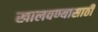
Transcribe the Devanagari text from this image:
खालवण्यासाठी